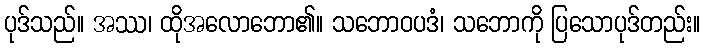
ပုဒ်သည်။ အဿ၊ ထိုအလောဘော၏။ သဘောဝပဒံ၊ သဘောကို ပြသောပုဒ်တည်း။